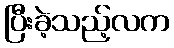
ပြီးခဲ့သည့်လက